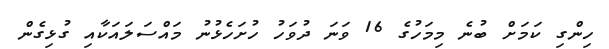
ހިންގި ކަމަށް ބުނެ މިމަހުގެ 16 ވަނަ ދުވަހު ހުށަހެޅުނު މައްސަލައަކާއި ގުޅިގެން